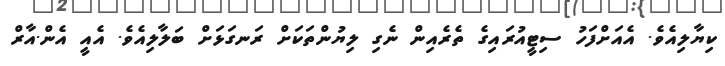
ކިޔާލިއެވެ. އެއަށްފަހު ސިޓީއުރައިގެ ތެރެއިން ނެގި ލިޔުންތަކަށް ރަނގަޅަށް ބަލާލިއެވެ. އެއީ އެން.އާރް